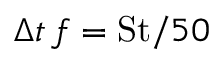
\Delta t \, f = \mathrm { S t } / 5 0